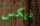
ديكس